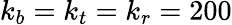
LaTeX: k_{b}=k_{t}=k_{r}=200